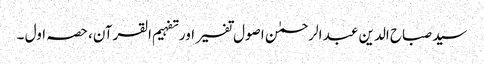
سید صباح الدین عبد الرحمٰن اصول تفسیر اور تفہیم القرآن، حصہ اول ۔